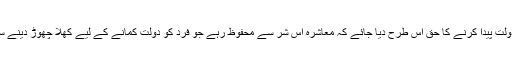
بلکہ ایک فرد کو دولت پیدا کرنے کا حق اس طرح دیا جائے کہ معاشرہ اس شر سے محفوظ رہے جو فرد کو دولت کمانے کے لیے کھلا چھوڑ دینے سے پہنچ سکتا ہے۔